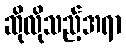
ဆိုလိုသည့်အရာ